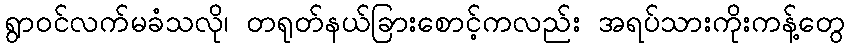
ရွာဝင်လက်မခံသလို၊ တရုတ်နယ်ခြားစောင့်ကလည်း အရပ်သားကိုးကန့်တွေ